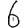
Digit: 6